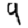
Digit: 9